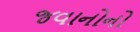
જવાનોનો